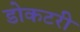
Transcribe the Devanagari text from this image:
डोकटरी